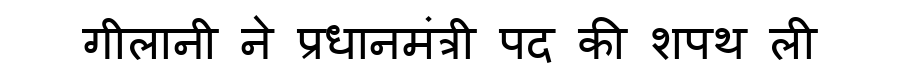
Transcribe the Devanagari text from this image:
गीलानी ने प्रधानमंत्री पद की शपथ ली